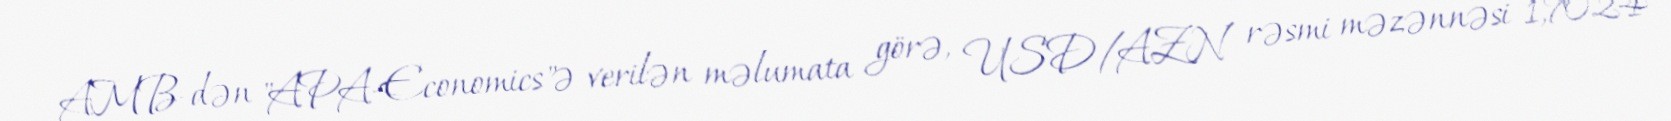
AMB-dən "APA-Economics"ə verilən məlumata görə, USD/AZN rəsmi məzənnəsi 1,7024